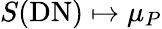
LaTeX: S(\mathrm{DN})\mapsto\mu_{P}